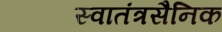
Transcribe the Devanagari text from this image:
स्वातंत्रसैनिक